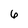
Character: 6